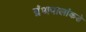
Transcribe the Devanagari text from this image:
ग्रंथपालांकडे